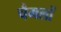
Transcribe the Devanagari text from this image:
चैमलों